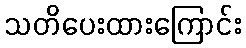
သတိပေးထားကြောင်း